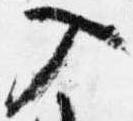
入